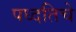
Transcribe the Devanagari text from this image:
पध्दतिचे